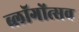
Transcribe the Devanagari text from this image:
ब्लॉगोंत्सव